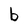
Character: b